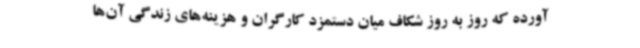
آورده که روز به روز شکاف میان دستمزد کارگران و هزینه‌های زندگی آن‌ها